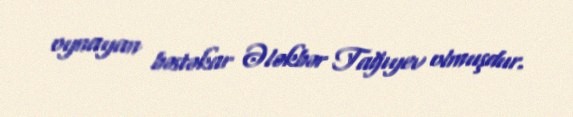
oynayan bəstəkar Ələkbər Tağıyev olmuşdur.